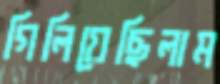
গিলিয়েছিলাম